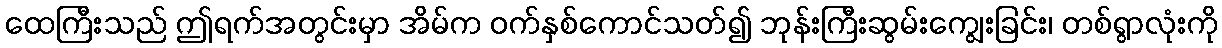
ထေကြီးသည် ဤရက်အတွင်းမှာ အိမ်က ဝက်နှစ်ကောင်သတ်၍ ဘုန်းကြီးဆွမ်းကျွေးခြင်း၊ တစ်ရွာလုံးကို